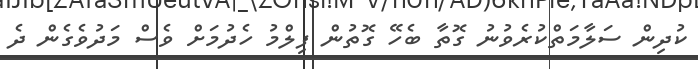
ކުދިން ސަލާމަތްކުރެވުނު ގޮތާ ބެހޭ ގޮތުން ފިލްމު ހެދުމަށް ވެސް މަދުވެގެން ދެ